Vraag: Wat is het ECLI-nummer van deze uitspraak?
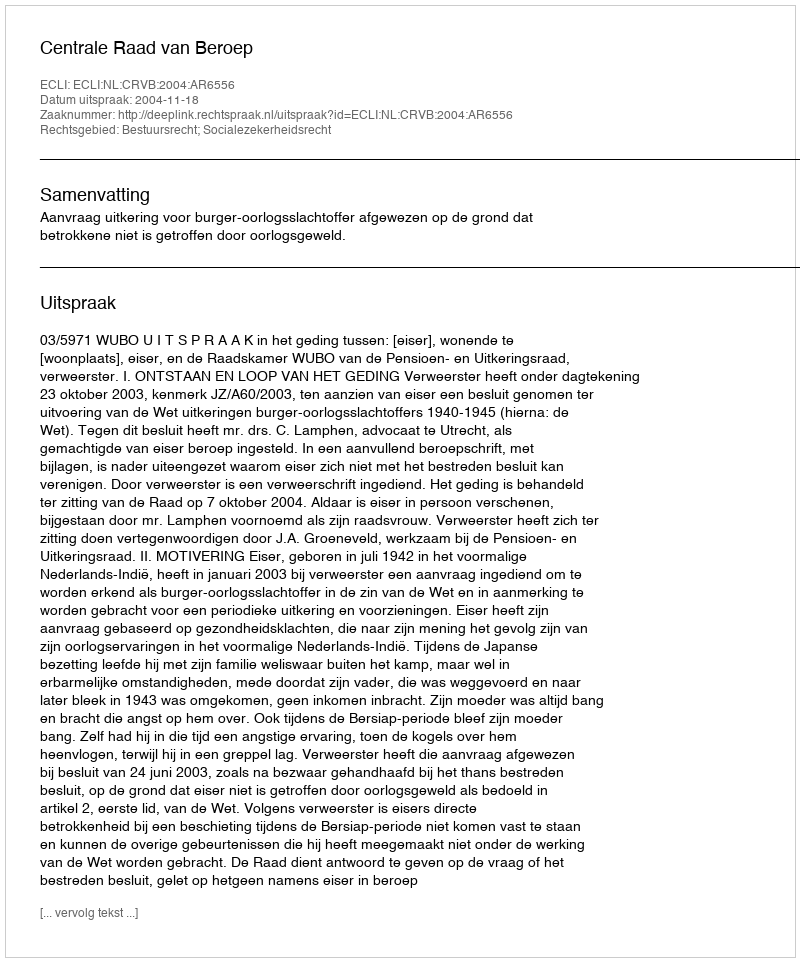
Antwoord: ECLI:NL:CRVB:2004:AR6556